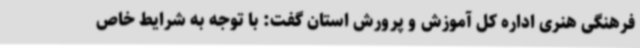
فرهنگی هنری اداره کل آموزش و پرورش استان گفت: با توجه به شرایط خاص